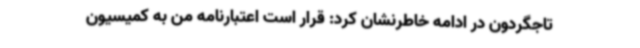
تاجگردون در ادامه خاطرنشان کرد: قرار است اعتبارنامه من به کمیسیون